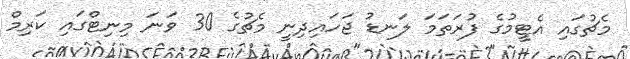
މެޗުގައި އެޓީމުގެ ފުރަތަމަ ލަނޑު ޖަހައިދިނީ މެޗުގެ 30 ވަނަ މިނިޓްގައި ކަރިމް